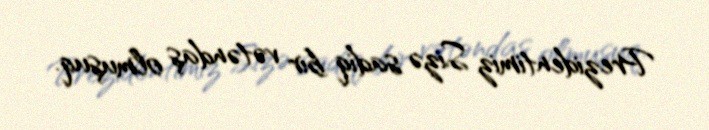
Prezidentimiz Sizə sadiq bir vətəndaş olmuşuq.